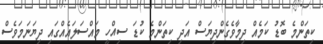
ކިތަންމެ ބޮޑު ކަމެއް ދިމާވެގެންދިޔަސް އަދި ކިތަންމެ ކުޑަ ސިއްހީ މައްސަލައެއްގައި ދިޔަނަމަވެސް